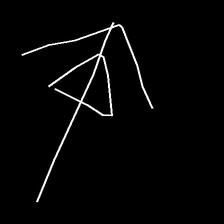
Glyph: pull